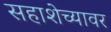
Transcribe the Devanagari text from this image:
सहाशेच्यावर